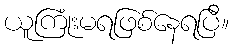
ယူကြုံးမရဖြစ်နေရပြီ။